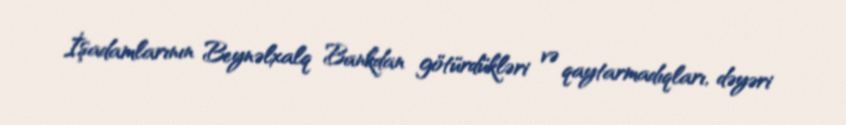
İşadamlarının Beynəlxalq Bankdan götürdükləri və qaytarmadıqları, dəyəri